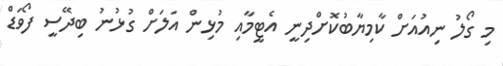
މި ގޯލު ނިއުއަށް ކާމިޔާބުކޮށްދިނީ އެޓީމާއި މުޅިން އަލަށް ގުޅުނު ބިދޭސީ ފޯވަޑް